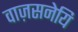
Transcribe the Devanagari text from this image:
वाज़सनेयि